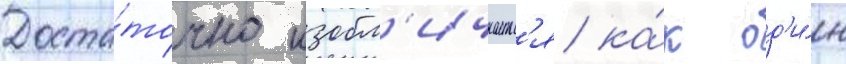
Доста́точно изобл'ичаетс'я ка́к од'и́н